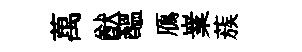
萬猷醖鴈嶪蔟